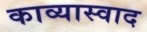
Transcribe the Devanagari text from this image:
काव्यास्वाद